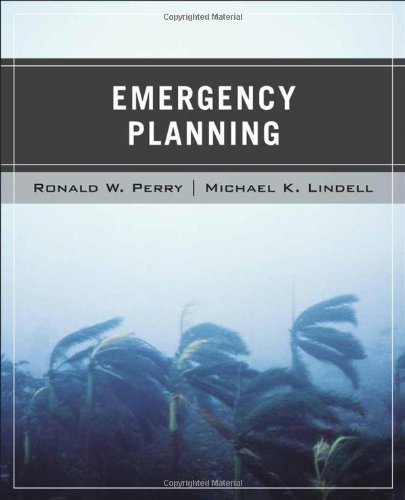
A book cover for Wiley Pathways Emergency Planning; Ronald W. Perry; Medical Books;